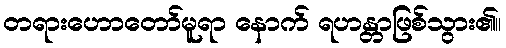
တရားဟောတော်မူရာ နောက် ရဟန္တာဖြစ်သွား၏။